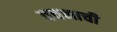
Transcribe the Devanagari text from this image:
वचनाची